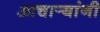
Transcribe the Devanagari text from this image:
आचार्‍यांनी